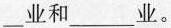
___业和___业